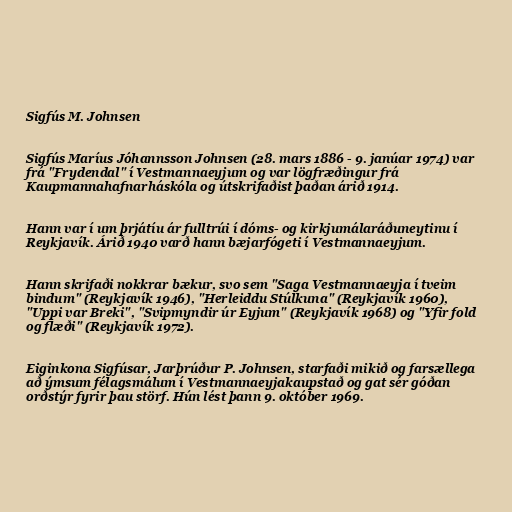
Sigfús M. Johnsen

Sigfús Maríus Jóhannsson Johnsen (28. mars 1886 - 9. janúar 1974) var
frá "Frydendal" í Vestmannaeyjum og var lögfræðingur frá
Kaupmannahafnarháskóla og útskrifaðist þaðan árið 1914.

Hann var í um þrjátíu ár fulltrúi í dóms- og kirkjumálaráðuneytinu í
Reykjavík. Árið 1940 varð hann bæjarfógeti í Vestmannaeyjum.

Hann skrifaði nokkrar bækur, svo sem "Saga Vestmannaeyja í tveim
bindum" (Reykjavík 1946), "Herleiddu Stúlkuna" (Reykjavík 1960),
"Uppi var Breki", "Svipmyndir úr Eyjum" (Reykjavík 1968) og "Yfir fold
og flæði" (Reykjavík 1972).

Eiginkona Sigfúsar, Jarþrúður P. Johnsen, starfaði mikið og farsællega
að ýmsum félagsmálum í Vestmannaeyjakaupstað og gat sér góðan
orðstýr fyrir þau störf. Hún lést þann 9. október 1969.